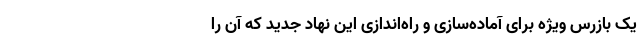
یک بازرس ویژه برای آماده‌سازی و راه‌اندازی این نهاد جدید که آن را